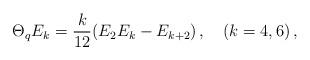
LaTeX: \begin{align*}\Theta_q E_k=\frac{k}{12}(E_2E_k-E_{k+2})\,,\quad (k=4,6)\,,\end{align*}